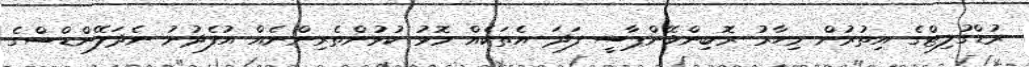
ރުޑްގުލިޓްގެ އިތުރުން މިހާރު ރޮބިންވޭންޕާސީ ފަދަ އެތަކެއް މޮޅު ކުޅުންތެރިންނެއް އުފެދުނު ނެދަލޭންޑްސްގެ